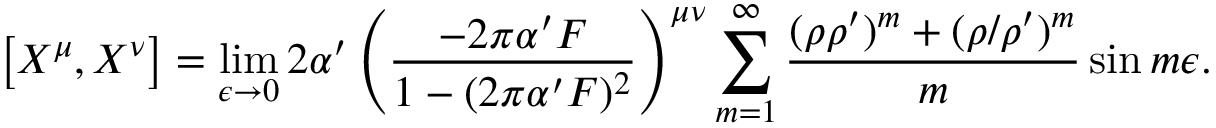
\left[ X ^ { \mu } , X ^ { \nu } \right] = \operatorname * { l i m } _ { \epsilon \rightarrow 0 } 2 \alpha ^ { \prime } \left( \frac { - 2 \pi \alpha ^ { \prime } F } { 1 - ( 2 \pi \alpha ^ { \prime } F ) ^ { 2 } } \right) ^ { \mu \nu } \sum _ { m = 1 } ^ { \infty } \frac { ( \rho \rho ^ { \prime } ) ^ { m } + ( \rho / \rho ^ { \prime } ) ^ { m } } { m } \sin m \epsilon .